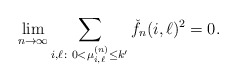
\begin{align*}\lim_{n \to \infty} \sum_{i, \ell \colon 0< \mu_{i,\ell}^{(n)} \leq k'} \check f_n(i,\ell)^2 = 0.\end{align*}